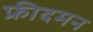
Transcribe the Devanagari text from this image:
फ्रीदमन